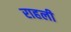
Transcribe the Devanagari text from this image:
राहली